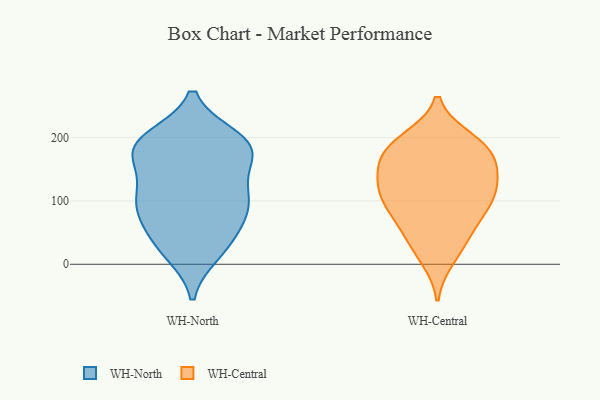
{"axis": {"x": "Satisfaction Score", "y": "Value"}, "legend": ["WH-Central", "WH-North"], "data": [{"x": "", "y": 18, "type": "WH-North"}, {"x": "", "y": 188, "type": "WH-North"}, {"x": "", "y": 101, "type": "WH-North"}, {"x": "", "y": 108, "type": "WH-North"}, {"x": "", "y": 85, "type": "WH-North"}, {"x": "", "y": 160, "type": "WH-North"}, {"x": "", "y": 128, "type": "WH-North"}, {"x": "", "y": 197, "type": "WH-North"}, {"x": "", "y": 180, "type": "WH-North"}, {"x": "", "y": 169, "type": "WH-North"}, {"x": "", "y": 34, "type": "WH-North"}, {"x": "", "y": 80, "type": "WH-North"}, {"x": "", "y": 190, "type": "WH-North"}, {"x": "", "y": 50, "type": "WH-North"}, {"x": "", "y": 23, "type": "WH-North"}, {"x": "", "y": 109, "type": "WH-North"}, {"x": "", "y": 199, "type": "WH-North"}, {"x": "", "y": 186, "type": "WH-North"}, {"x": "", "y": 84, "type": "WH-North"}, {"x": "", "y": 87, "type": "WH-Central"}, {"x": "", "y": 10, "type": "WH-Central"}, {"x": "", "y": 164, "type": "WH-Central"}, {"x": "", "y": 193, "type": "WH-Central"}, {"x": "", "y": 127, "type": "WH-Central"}, {"x": "", "y": 133, "type": "WH-Central"}, {"x": "", "y": 109, "type": "WH-Central"}, {"x": "", "y": 175, "type": "WH-Central"}, {"x": "", "y": 56, "type": "WH-Central"}, {"x": "", "y": 197, "type": "WH-Central"}, {"x": "", "y": 26, "type": "WH-Central"}, {"x": "", "y": 51, "type": "WH-Central"}, {"x": "", "y": 186, "type": "WH-Central"}, {"x": "", "y": 87, "type": "WH-Central"}, {"x": "", "y": 181, "type": "WH-Central"}, {"x": "", "y": 110, "type": "WH-Central"}, {"x": "", "y": 152, "type": "WH-Central"}, {"x": "", "y": 137, "type": "WH-Central"}, {"x": "", "y": 97, "type": "WH-Central"}]}